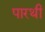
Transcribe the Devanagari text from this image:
पारथी